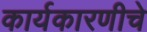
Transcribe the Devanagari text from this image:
कार्यकारणीचे